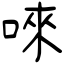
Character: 唻